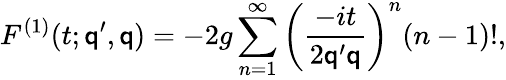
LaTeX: F^{(1)}(t;\mathsf{q}^{\prime},\mathsf{q})=-2g\sum_{n=1}^{\infty}\left(\frac{{-it}}{{2\mathsf{q}^{\prime}\mathsf{q}}}\right)^{n}(n-1)!,